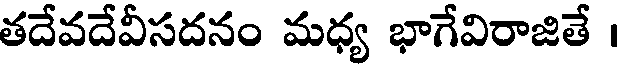
తదేవదేవీసదనం మధ్య భాగేవిరాజితే ।